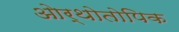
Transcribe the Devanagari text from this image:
ओर्थोतोपिक